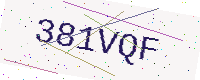
Text: 381VQF